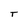
Character: T